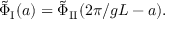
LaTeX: \tilde { \Phi } _ { \mathrm { I } } ( a ) = \tilde { \Phi } _ { \mathrm { I I } } ( 2 \pi / g L - a ) .